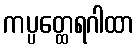
ကပ္ပတ္ထေရဂါထာ